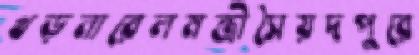
খড়নারেলমন্ত্রীসৈয়দপুরে